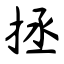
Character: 拯